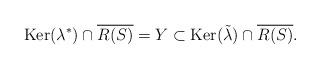
LaTeX: \begin{align*}\mathrm{Ker}(\lambda^*)\cap \overline{R(S)} = Y \subset \mathrm{Ker}(\tilde{\lambda})\cap \overline{R(S)}.\end{align*}